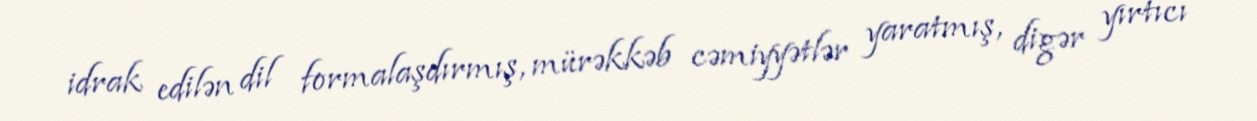
idrak edilən dil formalaşdırmış, mürəkkəb cəmiyyətlər yaratmış, digər yırtıcı